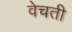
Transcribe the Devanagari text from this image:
वेचती